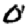
Digit: 0